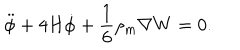
\ddot { \phi } + 4 H \dot { \phi } + \frac { 1 } { 6 } \rho _ { m } \nabla W = 0 .